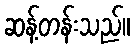
ဆန့်တန်းသည်။